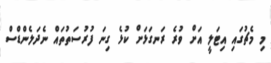
މި މެޗުގައި އިޓަލީ އަށް ވުރެ ރަނގަޅަށް ކުޅެ ގިނަ ފުރުސަތުތައް ނެދަލެންޑްސް